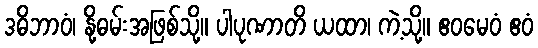
ဒဓိဘာဝံ၊ နို့ဓမ်းအဖြစ်သို့။ ပါပုဏာတိ ယထာ၊ ကဲ့သို့။ ဧဝမေဝံ ဧဝံ